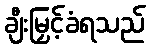
ချီးမြှင့်ခံရသည်